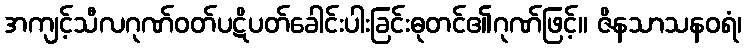
အကျင့်သီလဂုဏ်ဝတ်ပဋိပတ်ခေါင်းပါးခြင်းဓုတင်၏ဂုဏ်ဖြင့်။ ဇိနသာသနဝရံ၊